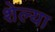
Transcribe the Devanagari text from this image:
शेल्या